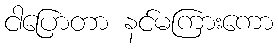
ငါပြောတာ နင်မကြားကော